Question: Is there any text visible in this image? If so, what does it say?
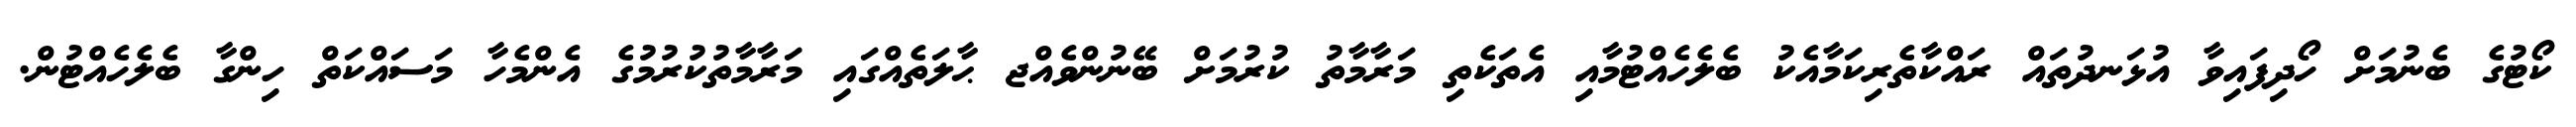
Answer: ކޯޓުގެ ބެނުމަށް ހޯދިފައިވާ އުޅަނދުތައް ރައްކާތެރިކަމާއެކު ބެލެހެއްޓުމާއި އެތަކެތި މަރާމާތު ކުރުމަށް ބޭނުންވެއްޖ ޙާލަތެއްގައި މަރާމާތުކުރުމުގެ އެންމެހާ މަސައްކަތް ހިންގާ ބެލެހެއްޓުން.